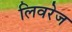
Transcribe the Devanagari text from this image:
लिवरेज